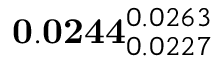
\mathbf { 0 . 0 2 4 4 } _ { 0 . 0 2 2 7 } ^ { 0 . 0 2 6 3 }